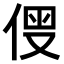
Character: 𠊗